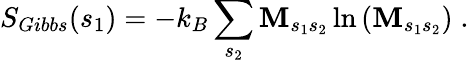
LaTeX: S_{Gibbs}(s_{1})=-k_{B}\sum_{s_{2}}\mathbf{M}_{s_{1}s_{2}}\ln{(\mathbf{M}_{s_{1}s_{2}})}\; .